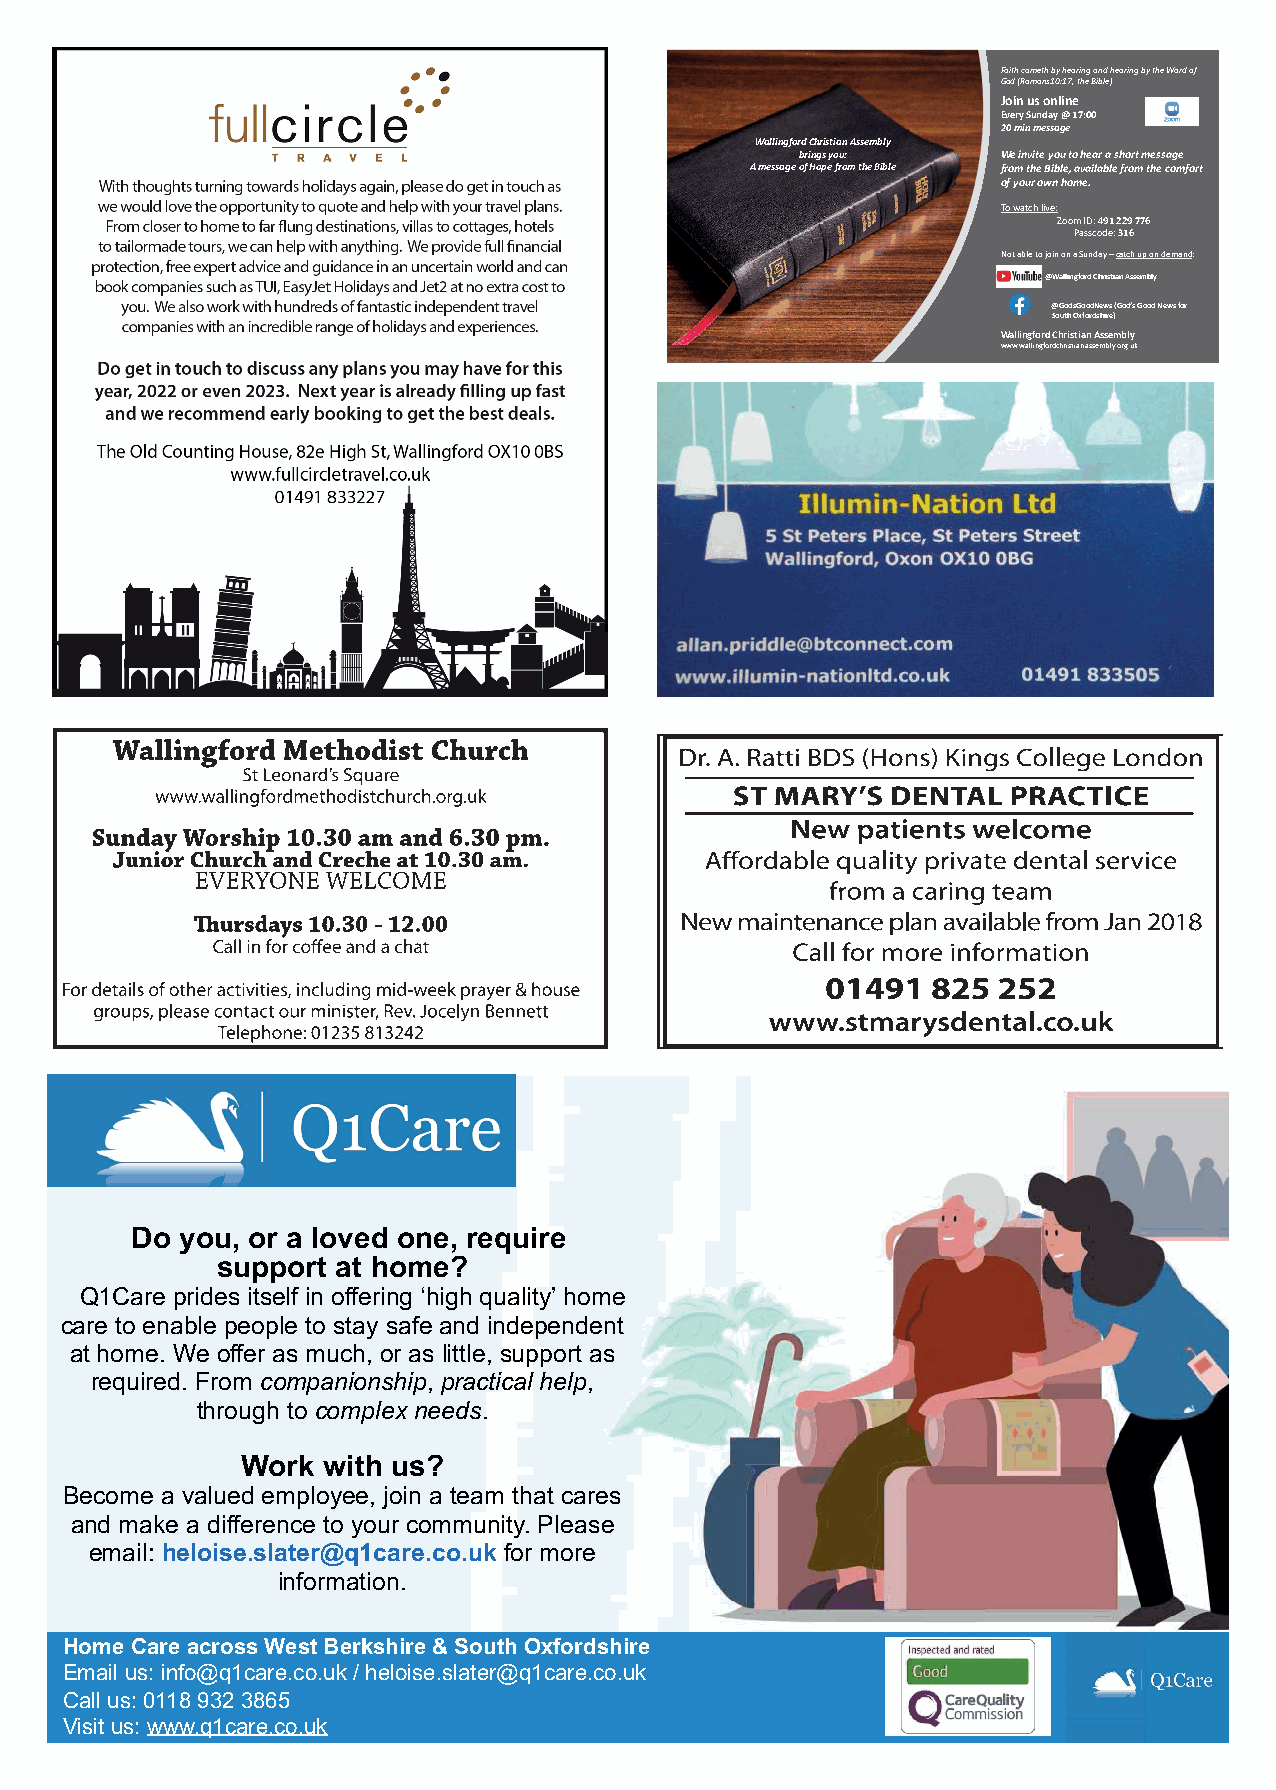
Faith cometh by hearing and hearing by the Word of
 God (Romans10:17, the Bible)
 Join us online
 Every Sunday @ 17:00
 20 min message
 Wallingford Christian Assembly
 brings you:  We invite you to hear a short message
 A message of Hope from the Bible from the Bible, available from the comfort
 of your own home.
 To watch live:
 Zoom ID: 491 229 776
 Passcode: 316
 Not able to join on a Sunday –catch up on demand:
 @Wallingford Christian Assembly
 @GodsGoodNews (God’s Good News for
 South Oxfordshire)
 Wallingford Christian Assembly
 www.wallingfordchristianassembly.org.uk
 S
 Q1   Care
 Bridging the Gap
 Q1 Care enables you and your loved ones to live
 Do you, or a loved one, require
 independently and securely at home, knowing someone
 support at home?
 will be there for you.
 Q1Care prides itself in offering ‘high quality’ home
 carWe et op reonvaidbel esu ppepooprtl efo tro p setoapyl es laivfien ga nwdit hin ad reapnegne doef nt
 caotn hdoitmiones. Waned fooflfleorw ainsg mhouscphit,a ol rd iascsh laitrtglee,. sWuepcpaonr to affse r
 shorertq aunirde ldo.n Fg-rtoemrm c coamrep, aanndio enisthheipr ,d parilayc otric laivle h-ienl pca, re.
 through to complex needs.
 All our carers are well trained, DBS checked and always
 go the extra mile for their clients. We provide full PPE
 Work with us?
 and all our carers and clients are fully supported by a
 Become a valued employee, join a team that cares
 skilled office team.
 and make a difference to your community. Please
 email: heloise.slater@q1care.co.uk for more
 information.
 Home Care across West Berkshire & South Oxfordshire
 Email us: Info@q1care.co.uk
 Home Care across West Berkshire & South Oxfordshire
 ECmaallil uuss:: 0in1f1o8@ 9q312c a3r8e6.c5o .uk / heloise.slater@q1care.co.uk
 CVaills iuts u: s0:1 w18w 9w3.q2 13c8a6r5e .co.uk
 Visit us: www.q1care.co.uk